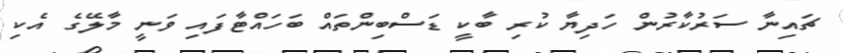
ޗައިނާ ސަރުކާރުން ހަދިޔާ ކުރި ބާކީ ޑަސްބިންތައް ބަހައްޓާފައި ވަނީ މާލޭގެ އެކި